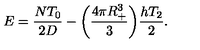
E = \frac { N T _ { 0 } } { 2 D } - \bigg ( \frac { 4 \pi R _ { + } ^ { 3 } } { 3 } \bigg ) \frac { h T _ { 2 } } { 2 } .